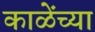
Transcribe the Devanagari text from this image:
काळेंच्या